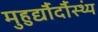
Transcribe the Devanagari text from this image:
मुहुर्द्यौर्दौस्थ्यं